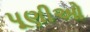
પૂણીઓ